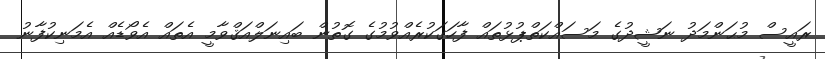
ރައީސް މުޙަންމަދު ނަޝީދުގެ މަސައްކަތްޕުޅުތައް ފާހަގަކުރެއްވުމުގެ ގޮތުން ބައިނަލްއަޤްވާމީ އެތައް އެވޯޑެއް އެމަނިކުފާނު